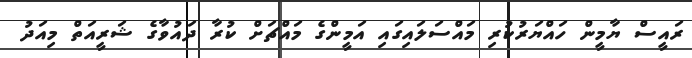
ރައީސް ޔާމީން ހައްޔަރުކުރި މައްސަލައިގައި އަމީންގެ މައްޗަށް ކުރާ ދައުވާގެ ޝަރީއަތް މިއަދު